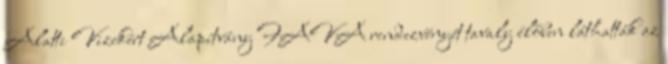
Alatti Vizekért Alapítvány FAVA rendezvényét tavaly élőben láthatták az